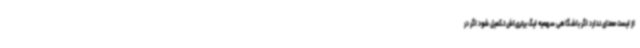
از لیست معنای ندارد اگر باشگاهی سهمیه لیگ برتری‌اش تکمیل شود اگر در